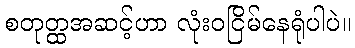
စတုတ္ထအဆင့်ဟာ လုံးဝငြိမ်နေရုံပါပဲ။